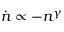
\dot { n } \propto - n ^ { \gamma }